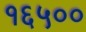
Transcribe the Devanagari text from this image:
१६५००